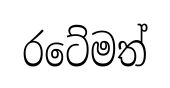
රටේමත්